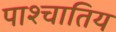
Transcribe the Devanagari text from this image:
पाश्चातिय